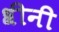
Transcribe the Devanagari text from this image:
श्रीनी